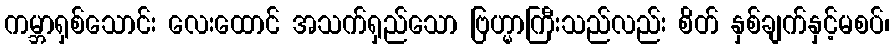
ကမ္ဘာရှစ်သောင်း လေးထောင် အသက်ရှည်သော ဗြဟ္မာကြီးသည်လည်း စိတ် နှစ်ချက်နှင့်မစပ်၊